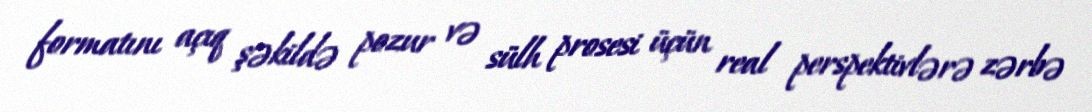
formatını açıq şəkildə pozur və sülh prosesi üçün real perspektivlərə zərbə